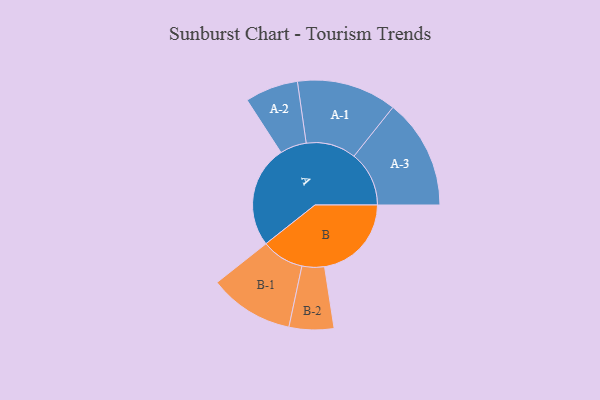
{"axis": {"x": "Segment", "y": "Value"}, "legend": ["", "A", "B"], "data": [{"x": "A", "y": 484, "type": ""}, {"x": "B", "y": 412, "type": ""}, {"x": "A-1", "y": 237, "type": "A"}, {"x": "A-2", "y": 126, "type": "A"}, {"x": "A-3", "y": 261, "type": "A"}, {"x": "B-1", "y": 201, "type": "B"}, {"x": "B-2", "y": 106, "type": "B"}]}